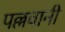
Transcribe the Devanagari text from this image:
पल्लवानी